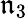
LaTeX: {\mathfrak{n}}_{3}